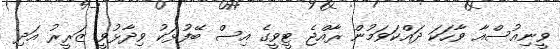
ވީނިއުސްއާ ވާހަކަ ދައްކަވަމުން ރާއްޖެ ޓީވީގެ އިސް ބޭފުޅަކު ވިދާޅުވީ ޒަރީރު އަދި